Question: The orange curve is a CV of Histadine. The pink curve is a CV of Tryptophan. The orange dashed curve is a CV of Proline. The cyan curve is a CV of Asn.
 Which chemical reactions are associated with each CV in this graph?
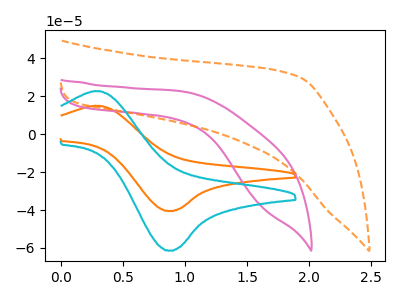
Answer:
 <answer>The orange curve is labeled "Histadine". The pink curve is labeled "Tryptophan". The orange dashed curve is labeled "Proline". The cyan curve is labeled "Asn".</answer>
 <eval></eval>